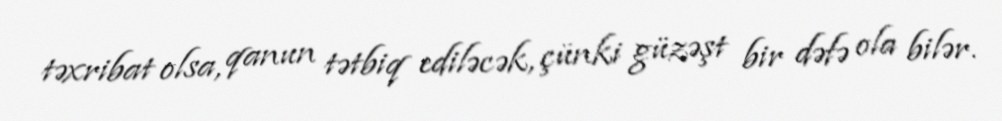
təxribat olsa, qanun tətbiq ediləcək, çünki güzəşt bir dəfə ola bilər.